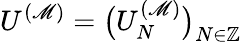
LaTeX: U^{(\mathscr{M})}=\big(U_{N}^{(\mathscr{M})}\big)_{N\in\mathbb{{Z}}}